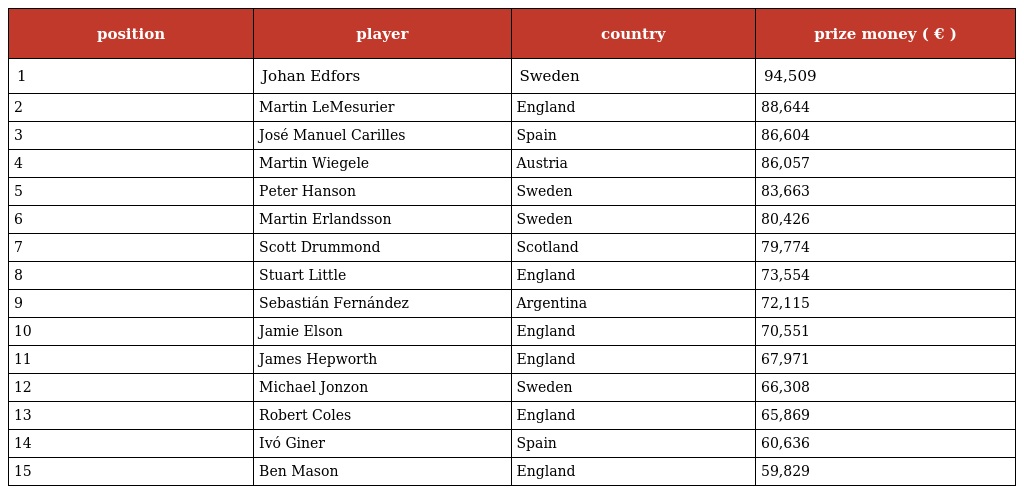
| position | player | country | prize money ( € ) |
 | --- | --- | --- | --- |
 | 1 | Johan Edfors | Sweden | 94,509 |
 | 2 | Martin LeMesurier | England | 88,644 |
 | 3 | José Manuel Carilles | Spain | 86,604 |
 | 4 | Martin Wiegele | Austria | 86,057 |
 | 5 | Peter Hanson | Sweden | 83,663 |
 | 6 | Martin Erlandsson | Sweden | 80,426 |
 | 7 | Scott Drummond | Scotland | 79,774 |
 | 8 | Stuart Little | England | 73,554 |
 | 9 | Sebastián Fernández | Argentina | 72,115 |
 | 10 | Jamie Elson | England | 70,551 |
 | 11 | James Hepworth | England | 67,971 |
 | 12 | Michael Jonzon | Sweden | 66,308 |
 | 13 | Robert Coles | England | 65,869 |
 | 14 | Ivó Giner | Spain | 60,636 |
 | 15 | Ben Mason | England | 59,829 |